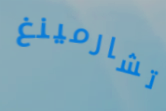
تشارمينغ